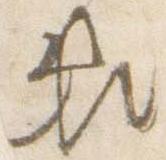
頼